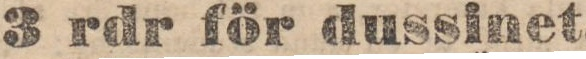
3 rdr för dussinet.